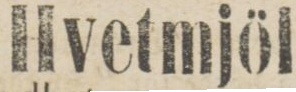
Hvetmjöl